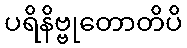
ပရိနိဗ္ဗုတောတိပိ